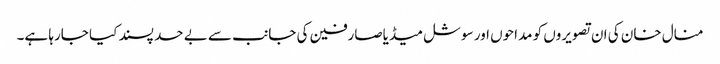
منال خان کی ان تصویروں کو مداحوں اور سوشل میڈیاصارفین کی جانب سے بے حد پسند کیا جارہا ہے۔